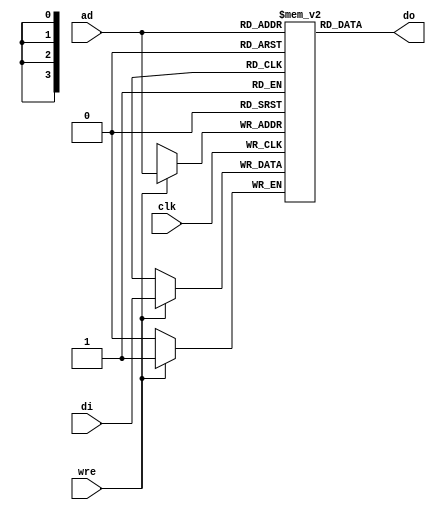

`default_nettype none

/* 1-bit by 16 element SRAM */
module LUTRAM16S1(
    input wire clk, 
    input wire [3:0] ad,
    input wire wre,
    input wire di,
    output wire do);

reg memory[0:15];

always@(posedge clk)
begin
    if (wre == 1)
    begin
        memory[ad] <= di;
    end
end

assign do = memory[ad];

endmodule